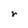
Character: r